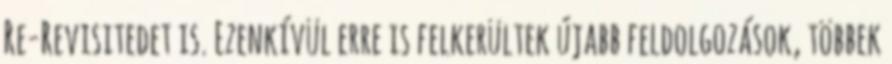
Re-Revisitedet is. Ezenkívül erre is felkerültek újabb feldolgozások, többek